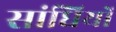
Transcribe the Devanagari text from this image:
सांधियों